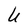
Character: U